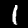
Label: 1